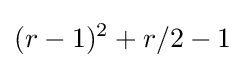
(r-1)^{2}+r/2-1